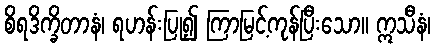
စိရဒိက္ခိတာနံ၊ ရဟန်းပြု၍ ကြာမြင့်ကုန်ပြီးသော။ ဣသီနံ၊